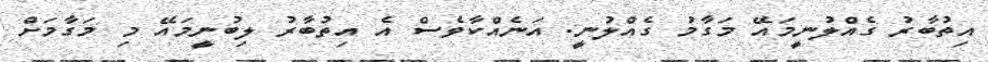
އިތުބާރު ގެއްލުނީމައޭ މަގާމު ގެއްލުނީ. އަނެއްކާވެސް އެ އިތުބާރު ލިބުނީމައޭ މި މަގާމަށް